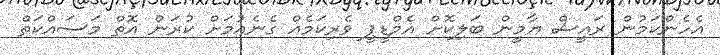
އެހެންކަމުން ރައީސް ޔާމީން ބަލިކޮށް އެމްޑީޕީ ވެެރިކަމެއް ގެނެއުމަށް ކުރަން އޮތް މަސައްކަތް